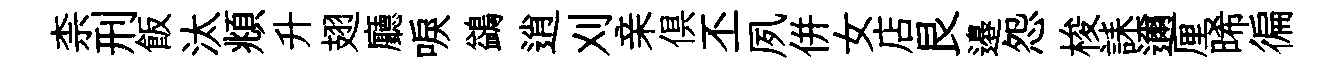
柰刑飯汰頫升翅廳唳鷁逍刈亲俱丕夙併女店艮邉怨梭誄邇厘晞徧